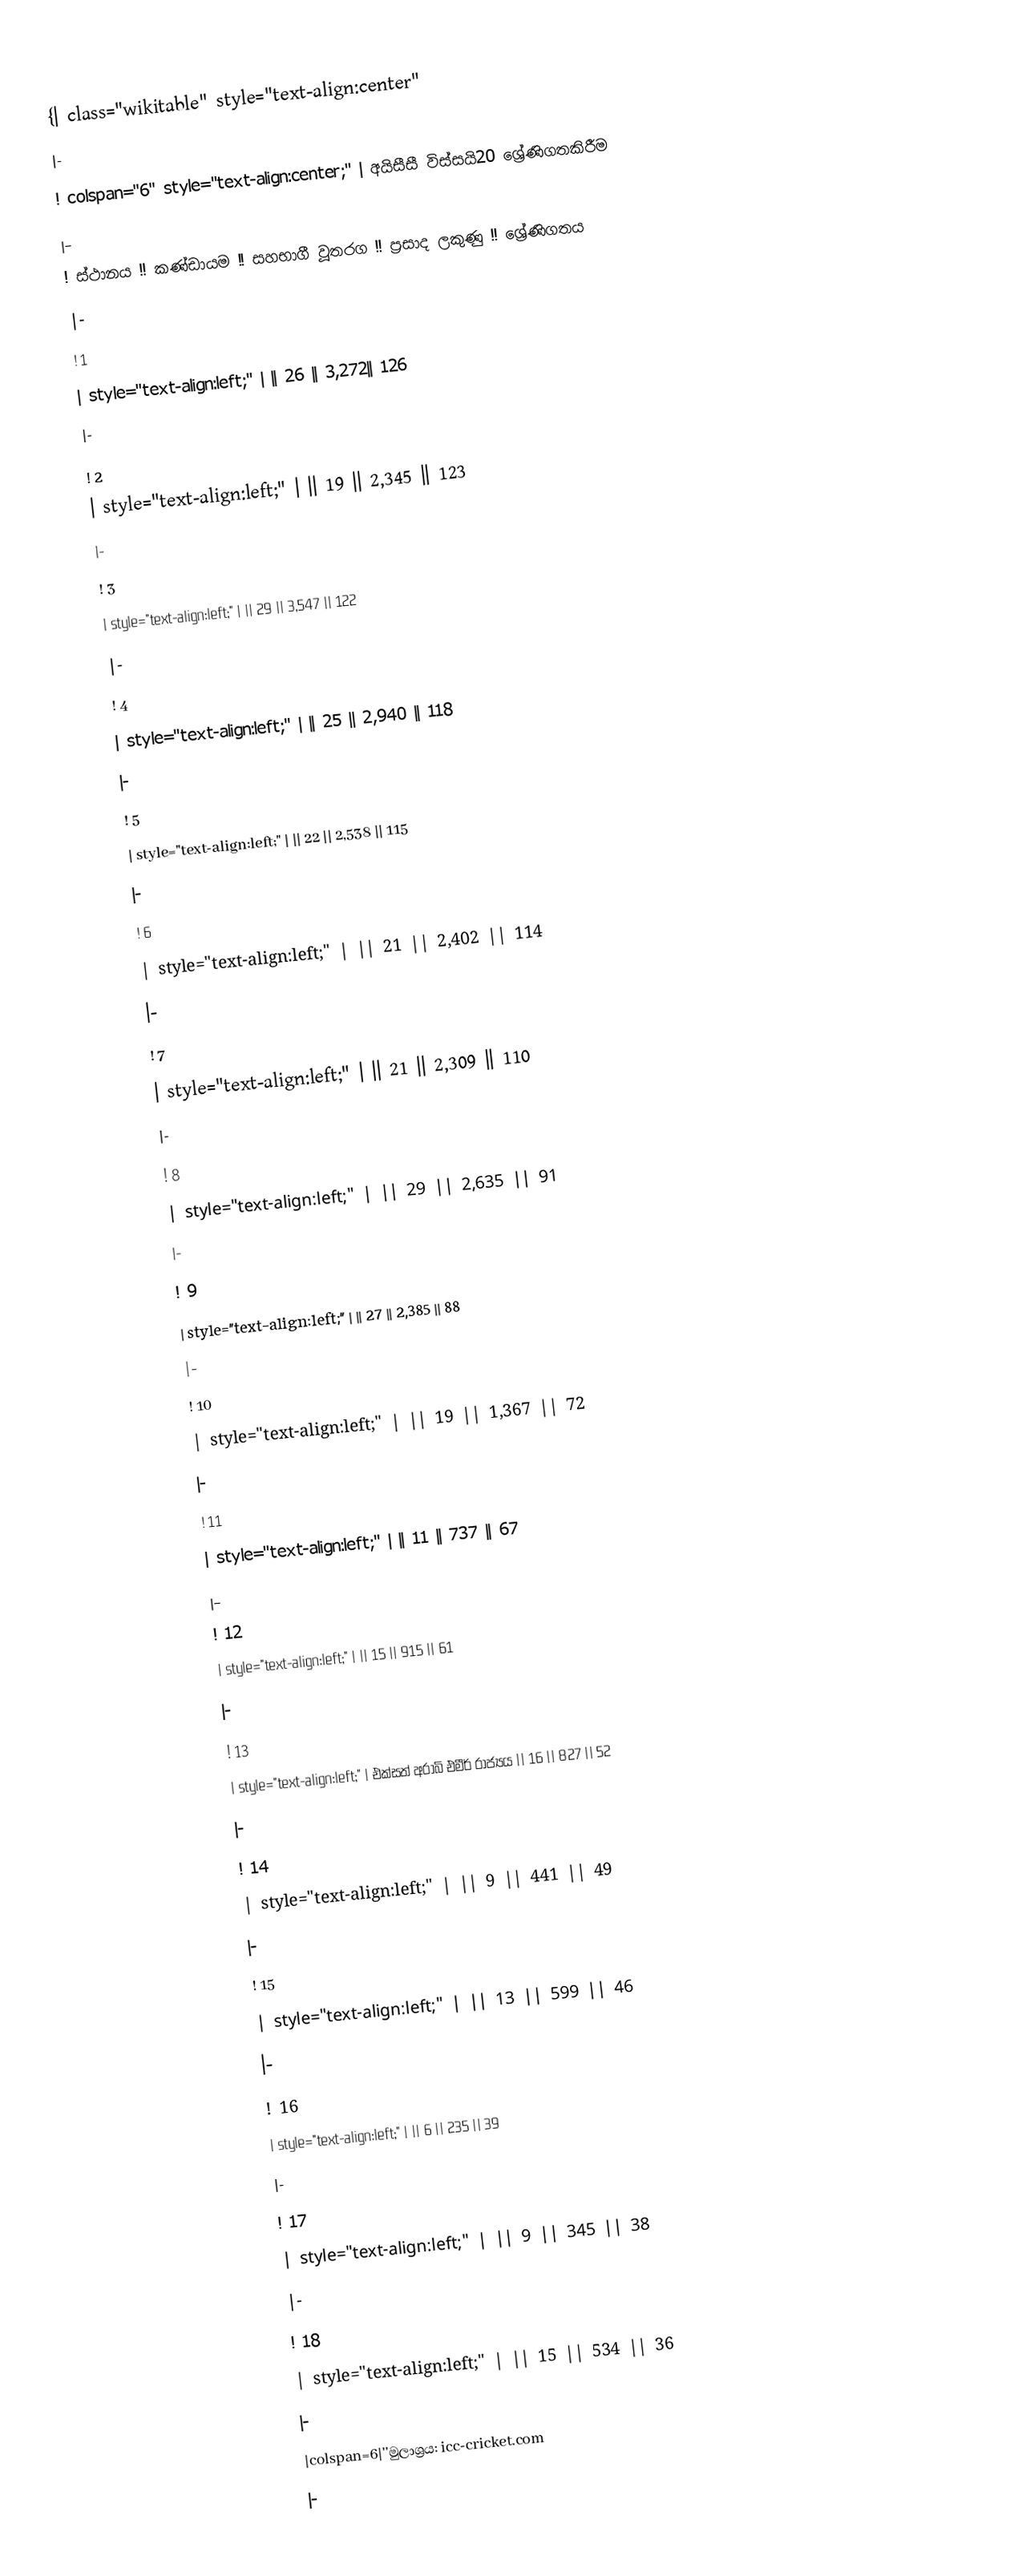
{| class="wikitable"  style="text-align:center"
|-
! colspan="6" style="text-align:center;" | අයිසීසී විස්සයි20 ශ්‍රේණිගතකිරීම
|-
! ස්ථානය !! කණ්ඩායම !! සහභාගී වූතරග !! ප්‍රසාද ලකුණු !! ශ්‍රේණිගතය
|-
! 1
|  style="text-align:left;" |  || 26 || 3,272|| 126
|-
! 2
|  style="text-align:left;" |  || 19 || 2,345 || 123
|-
! 3
|  style="text-align:left;" |  || 29 || 3,547 || 122
|-
! 4
|  style="text-align:left;" |  || 25 || 2,940 || 118
|-
! 5
|  style="text-align:left;" |  || 22 || 2,538 || 115
|-
! 6
|  style="text-align:left;" |  || 21 || 2,402 || 114
|-
! 7
|  style="text-align:left;" |   || 21 || 2,309 || 110
|-
! 8
|  style="text-align:left;" |   || 29 || 2,635 || 91
|-
! 9
|  style="text-align:left;" |  || 27 || 2,385 || 88
|-
! 10
|  style="text-align:left;" |  || 19 || 1,367 || 72
|-
! 11
|  style="text-align:left;" |  || 11 || 737 || 67
|-
! 12
|  style="text-align:left;" |  || 15 || 915 || 61
|-
! 13
|  style="text-align:left;" |  එක්සත් අරාබි එමීර් රාජ්‍යය  || 16 || 827 || 52
|-
! 14
|  style="text-align:left;" |  || 9 || 441 || 49
|-
! 15
|  style="text-align:left;" |  || 13 || 599 || 46
|-
! 16
|  style="text-align:left;" |  || 6 || 235 || 39
|-
! 17
|  style="text-align:left;" |  || 9 ||  345 || 38
|-
! 18
|  style="text-align:left;" |  || 15 ||  534 || 36
|-
|colspan=6|''මුලාශ්‍රය: icc-cricket.com
|-